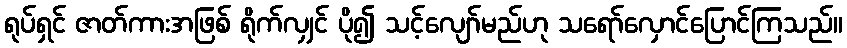
ရုပ်ရှင် ဇာတ်ကားအဖြစ် ရိုက်လျှင် ပို၍ သင့်လျော်မည်ဟု သရော်လှောင်ပြောင်ကြသည်။